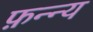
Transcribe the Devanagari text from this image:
फ़न्न्य